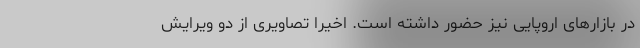
در بازارهای اروپایی نیز حضور داشته است. اخیرا تصاویری از دو ویرایش